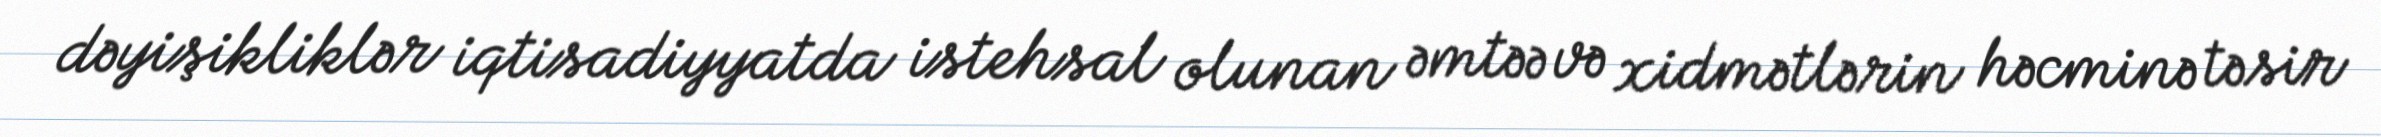
dəyişikliklər iqtisadiyyatda istehsal olunan əmtəə və xidmətlərin həcminə təsir